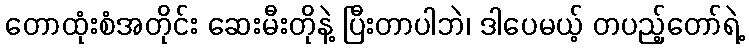
တောထုံးစံအတိုင်း ဆေးမီးတိုနဲ့ ပြီးတာပါဘဲ၊ ဒါပေမယ့် တပည့်တော်ရဲ့